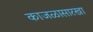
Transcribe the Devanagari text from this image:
काजळासारखा